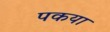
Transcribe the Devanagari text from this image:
पकया